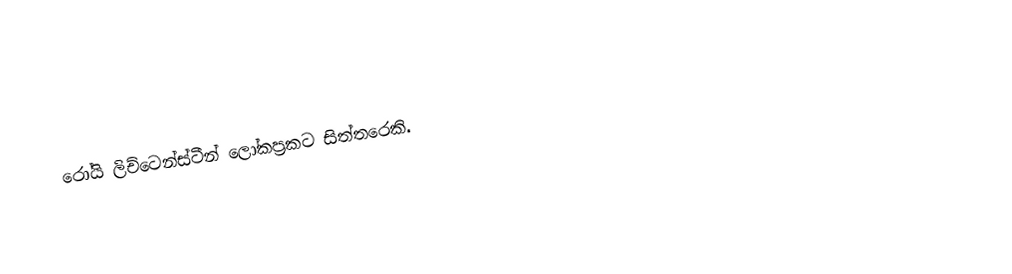
රෝයි ලිච්ටෙන්ස්ටීන් ලෝකප්‍රකට සිත්තරෙකි.